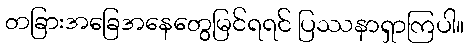
တခြားအခြေအနေတွေမြင်ရရင် ပြဿနာရှာကြပါ။